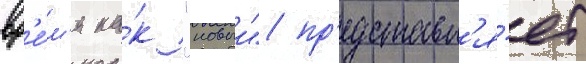
вр'е́м'я ка́к "новыи" пр'едставл'я́ет